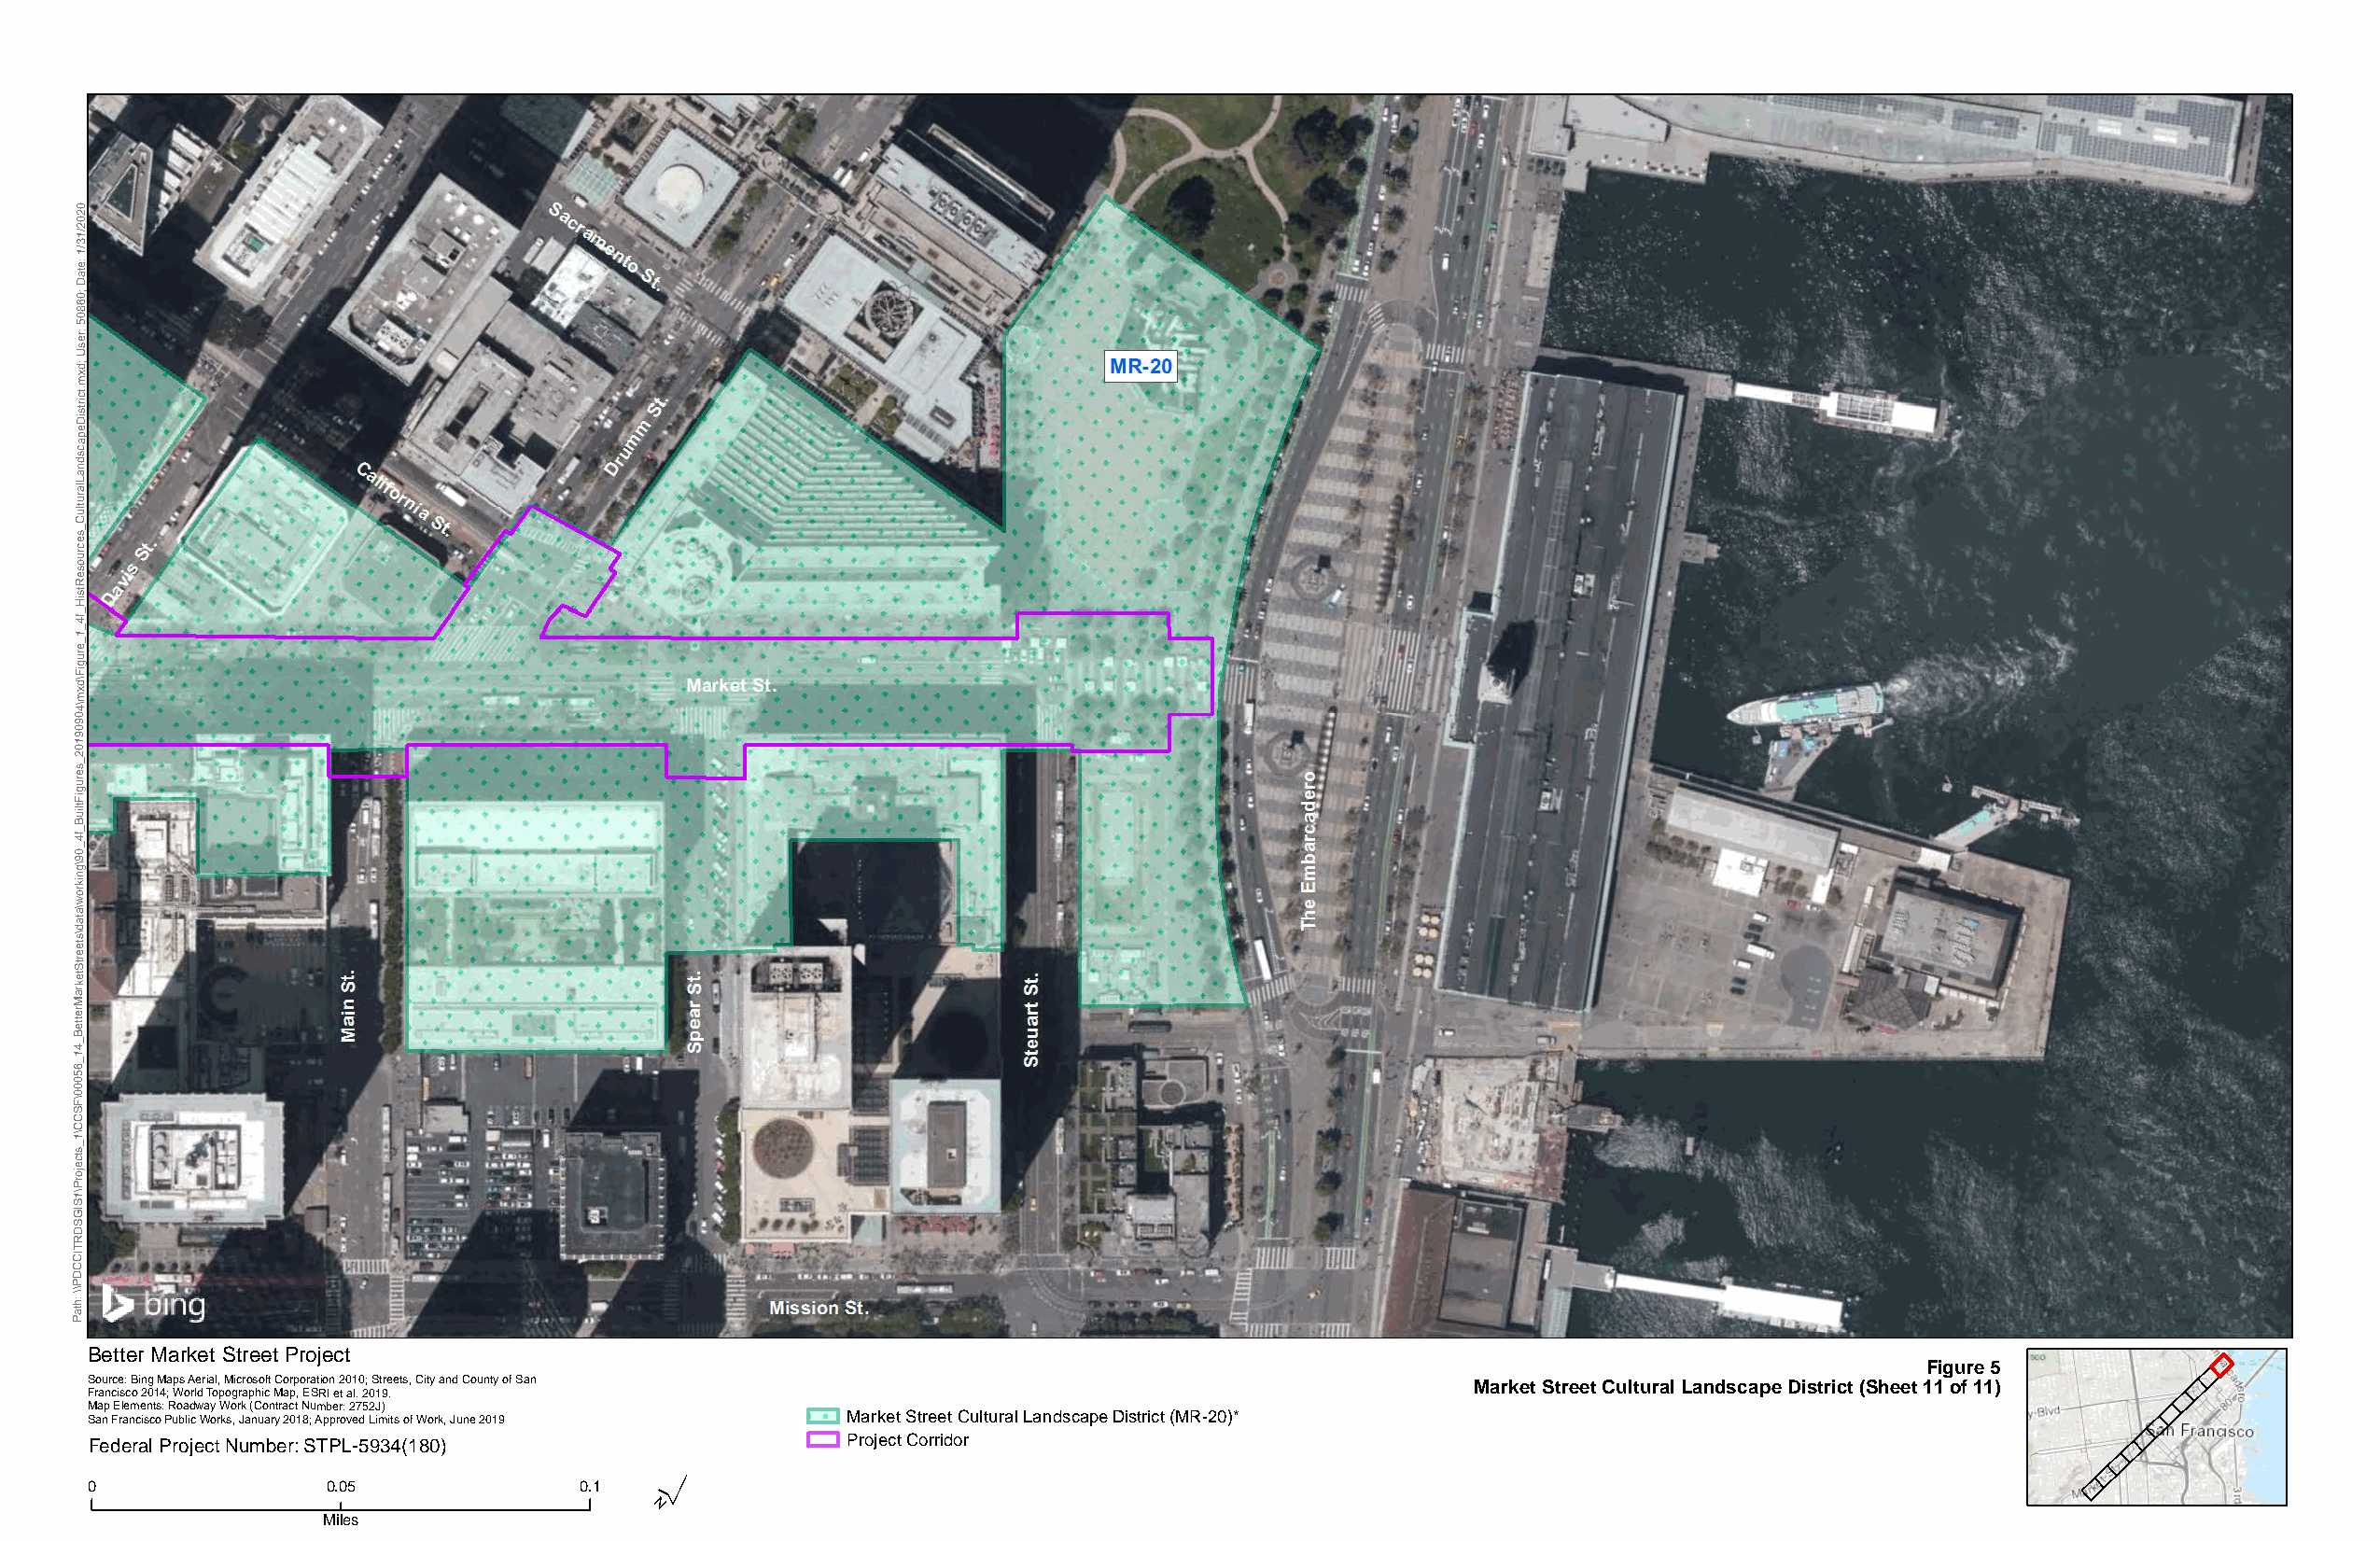
0
 2
 0
 2
 1/
 3
 1/
 e:
 at
 D
 0;
 6
 8
 0
 5
 er:
 Us
 d;
 x
 m
 ct.
 stri
 Di
 e
 p
 a
 c
 s
 d
 n
 a
 L
 al
 ur
 ult
 C
 _
 s
 e
 urc
 o
 s
 e
 R
 st
 Hi
 _
 4f
 _
 1
 _
 e
 ur
 g
 Fi
 d\
 x
 m
 4\
 0
 9
 0
 9
 1
 0
 2
 _
 s
 e
 ur
 g
 Fi
 uilt
 B
 _
 4f
 _
 0
 9
 g\
 n
 ki
 or
 w
 a\
 at
 d
 s\
 et
 e
 Str
 et
 k
 ar
 M
 er
 ett
 B
 _
 4
 1
 _
 6
 5
 0
 0
 0
 F\
 S
 C
 C
 1\
 _
 s
 ct
 e
 oj
 Pr
 1\
 S
 GI
 S
 D
 R
 T
 CI
 C
 D
 P
 h:
 \\
 at
 P
 Better Market Street Project
 Figure 5
 Source: Bing Maps Aerial, Microsoft Corporation 2010; Streets, City and County of San
 Francisco 2014; World Topographic Map, ESRI et al. 2019.                                           Market Street Cultural Landscape District (Sheet 11 of 11)
 Map Elements: Roadway Work (Contract Number: 2752J)
 San Francisco Public Works, January 2018; Approved Limits of Work, June 2019 Market Street Cultural Landscape District (MR-20)*
 Federal Project Number: STPL-5934(180)                Project Corridor
 ´
 0                0.05              0.1
 Miles